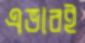
এভাবই